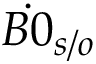
\dot { B 0 } _ { s / o }